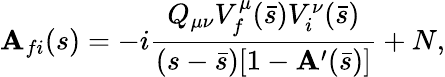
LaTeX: {\cal\mathbf{A}}_{fi}(s)=-i\frac{{Q_{\mu\nu}V_{f}^{\mu}(\bar{{s}})V_{i}^{\nu}(\bar{{s}})}}{{(s-\bar{{s}})[1-\mathbf{A}^{\prime}(\bar{{s}})]}}+N,